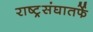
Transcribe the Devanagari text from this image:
राष्ट्र्रसंघातर्फे